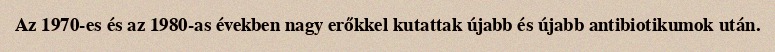
Az 1970-es és az 1980-as években nagy erőkkel kutattak újabb és újabb antibiotikumok után.